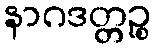
နာဂဒတ္တဉ္စ